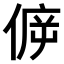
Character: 𠊴